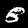
Digit: 8